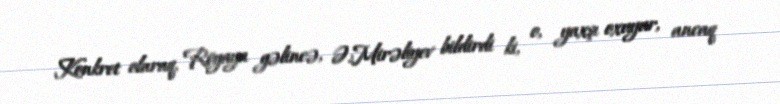
Konkret olaraq, Röyaya gəlincə, Ə.Mirəliyev bildirdi ki, o, yaxşı oxuyur, ancaq